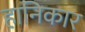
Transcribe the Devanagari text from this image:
हानिकार